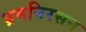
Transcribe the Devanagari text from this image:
भ्रमनिरसन